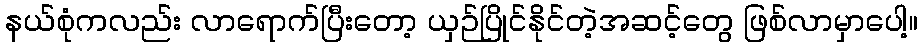
နယ်စုံကလည်း လာရောက်ပြီးတော့ ယှဉ်ပြိုင်နိုင်တဲ့အဆင့်တွေ ဖြစ်လာမှာပေါ့။